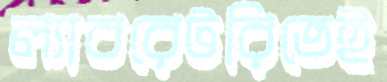
ল্যাবরেটরিতেই